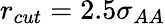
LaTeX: r_{cut}=2.5\sigma_{AA}